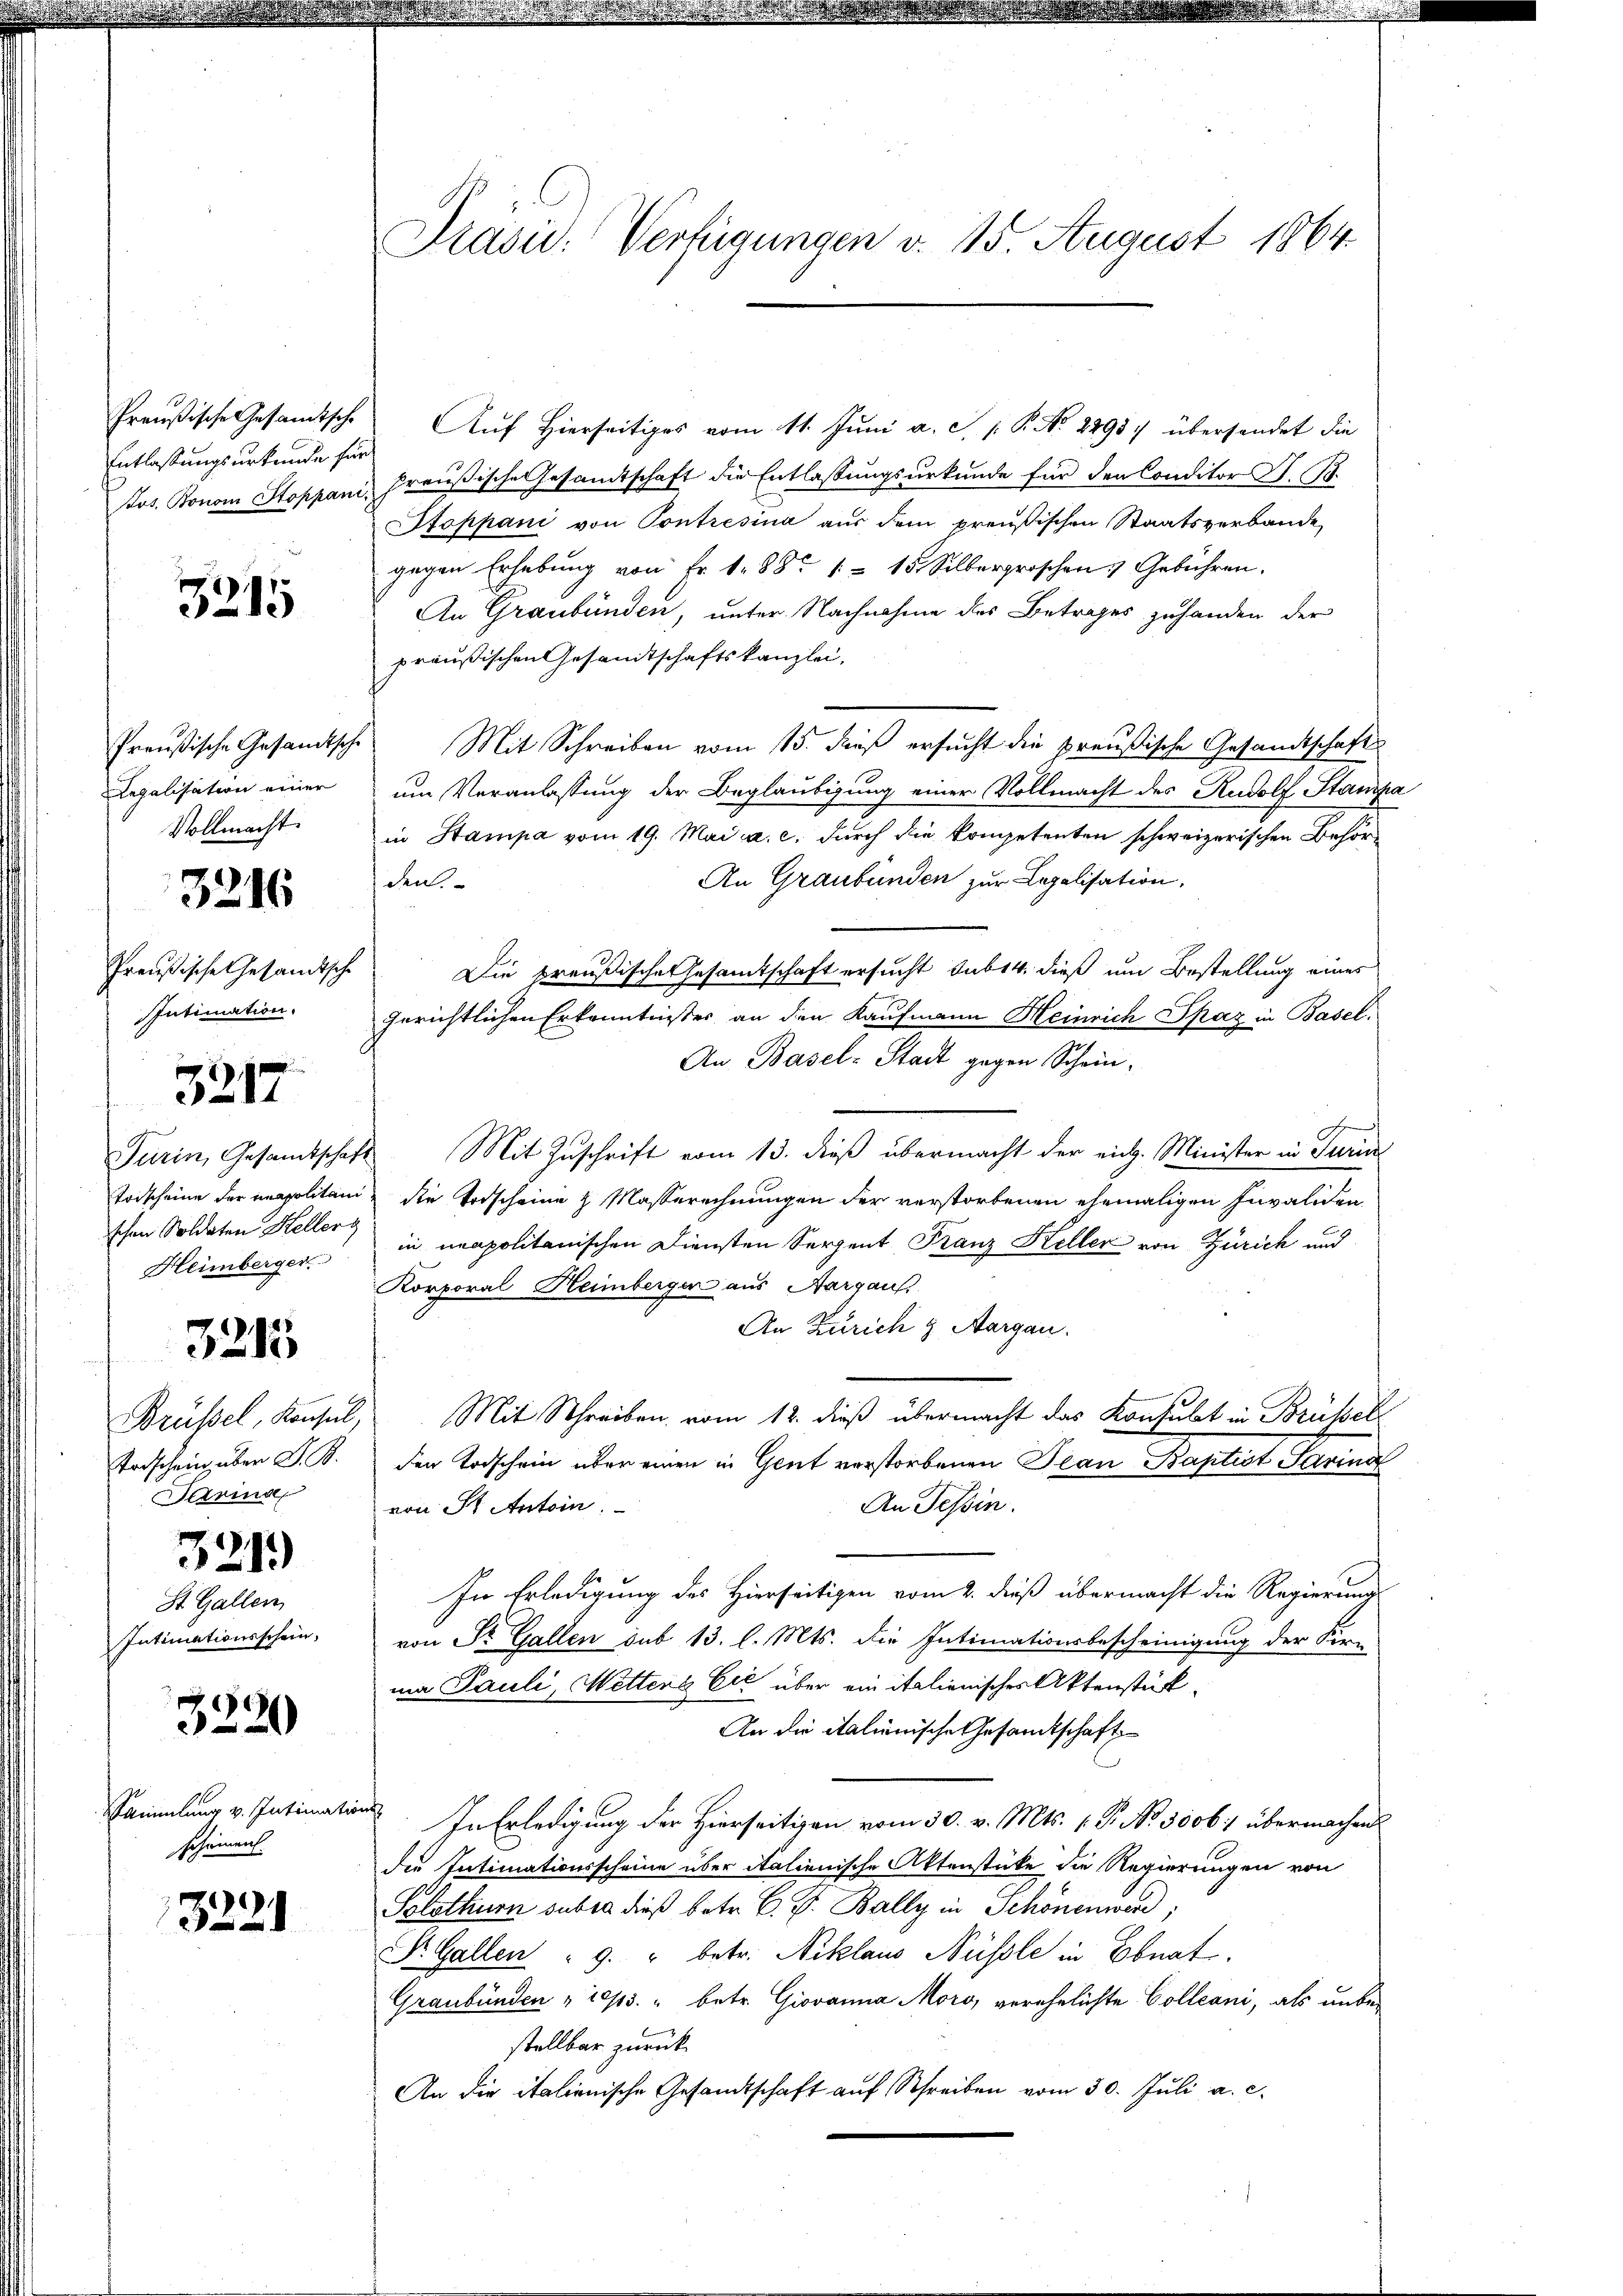
Entlassungsurkunde für

3215

Preußische Gesandtsche
Regalisation einer
Vollmacht.

3216

Preußische Gesandtsche
Intimation.

3217

schen Soldaten Hellerg
Heimberger

3215

Todschein über G. B.
Sarins

321)

St. Gallen
Intimationsschein.

3220

Pammlung v. Intimations
scheinen

3221

Präsid.: Verfügungen v. 15. August 1864.

Preußische Gesandtsche Auf Hierseitiges vom 11. Juni a. c. p. P. Nr. 2298) übersendet die
Jos. Bonom Stoppani, Preußische Gesandtschaft die Entlassungsurkunde für den Conditor H. B.
Stoppani von Contresina aus dem preußischen Staatsverbande
gegen Erhebung von Fr. 1881 - 15 Silbergroschen  Gebühren.
An Graubünden, unter Nachnahme des Betrages zuhanden der
präußischen Gesandtschaftskanzlei,
Mit Schreiben vom 15. dieß ersucht die preußische Gesandtschaft
um Veranlassung der Beglaubigung einer Vollmacht des Rudolf Standpa
in Stampa vom 19. Mai a. c. durch die kompetenten schweizerischen Behör¬
An Graubünden zur Legalisation,
den.
Die preußische Gesamtschaft ersucht sub 14. dieß um Bestellung eines
gerichtlichen Erkenntnisser an den Kaufmann Heinrich Spaz in Basel¬
An Basel-Stadt gegen Schein-
Turin, Gesandtschaft. Mit Zuschrift vom 13. dieß übermacht der eich. Minister in Turin
Todscheine der unapolitain, die Vorscheine & Masserechnungen der verstorbenen ehemaligen Invaliden
in unapolitanischen Diensten Serpent Franz Heller von Zürich und
Korporal Heimberger aus Aargau.
An Zürich & Aargau.
Brüssel, Konsul, Mit Schreiben vom 12. dieß übermacht das Konsulat in Brüssel
den Todschein über einen in Gent verstorbenen Jean Baptist Parina
An Tessin.
von St. Antoin.
In Erledigung des Hierseitigen vom 2. dieß übermacht die Regierung
von Sr. Gallen sub 13. l. Mts. die Intimationsbescheinigung der Kir-
ma Pauli, Mettene Er über ein italienisches Aktenstük¬
An die italienische Gesandtschaft
In Erledigung der Hierseitigen vom 30. v. Mts. 1. P. No. 5006/ übermachen
die Intimationsscheine über italienische Aktenstücke die Regierungen von
Solothurn subra dieß betr. C. J. Bally in Schönenwerd
St. Gallen 9. " betr. Niklaus Nüssle in Ebnat.
Graubünden " 10/13. " betr. Giovanna Moro, verehelichte Colleani, als unbestellbar zurück
An die italienische Gesandtschaft auf Schreiben vom 30. Juli a. c.